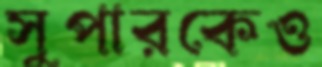
সুপারকেও